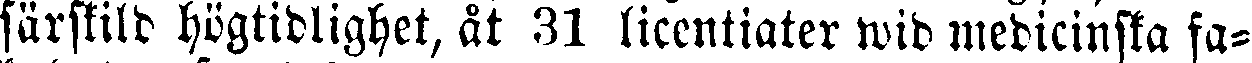
särskild högtidlighet, åt 31 licentiater wid medicinska fa-